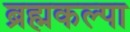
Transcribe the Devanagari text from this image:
ब्रह्मकल्पा